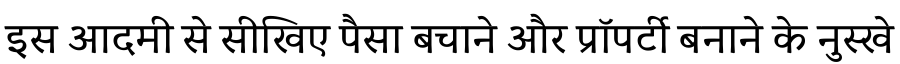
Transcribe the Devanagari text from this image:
इस आदमी से सीखिए पैसा बचाने और प्रॉपर्टी बनाने के नुस्खे